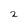
Character: 2